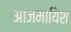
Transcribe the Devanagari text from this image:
आजमायिश